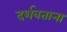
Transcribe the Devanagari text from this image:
दर्शवताना